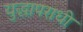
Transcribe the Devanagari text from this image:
युद्धापराधी